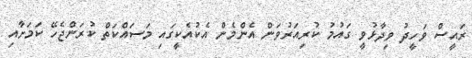
ރައީސް ވަހީދު ވިދާޅުވީ ގައުމު ކުރިއަރުވަން އެންމެން އެކުއެކީގައި މަސައްކަތް ކުރަންޖެހޭ ކަމަށާއި